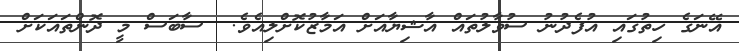
އޭނަގެ ހިތުގައި އުފެދުނު ސުވާލުތައް އާޝިޔާއަށް އަމާޒުކޮށްލިއެވެ.  ސާބަސް މީ ދޮންތައަކަށް